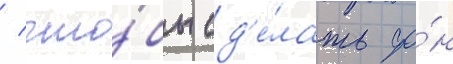
/ что́бы сд'е́лать фо́н